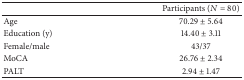
<table><thead><tr><td><b> </b></td><td><b>Participants (<i>N</i> = 80)</b></td></tr></thead><tbody><tr><td>Age</td><td>70.29 ± 5.64</td></tr><tr><td>Education (y)</td><td>14.40 ± 3.11</td></tr><tr><td>Female/male</td><td>43/37</td></tr><tr><td>MoCA</td><td>26.76 ± 2.34</td></tr><tr><td>PALT</td><td>2.94 ± 1.47</td></tr></tbody></table>